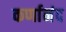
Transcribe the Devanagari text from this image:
कर्णानंद